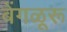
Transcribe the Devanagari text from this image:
बेंगळूरू